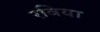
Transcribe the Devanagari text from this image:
रविया